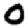
Digit: 0